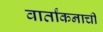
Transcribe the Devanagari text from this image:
वार्तांकनाची